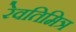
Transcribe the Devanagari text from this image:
रेवतिमित्र